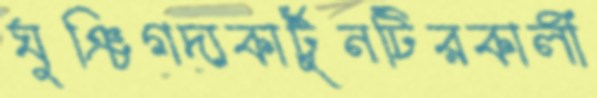
ঘুঞ্চিগদ্যকার্টুনটিরকালী